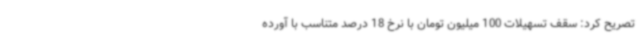
تصریح کرد: سقف تسهیلات 100 میلیون تومان با نرخ 18 درصد متناسب با آورده